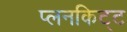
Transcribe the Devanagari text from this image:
प्लनकिट्ट